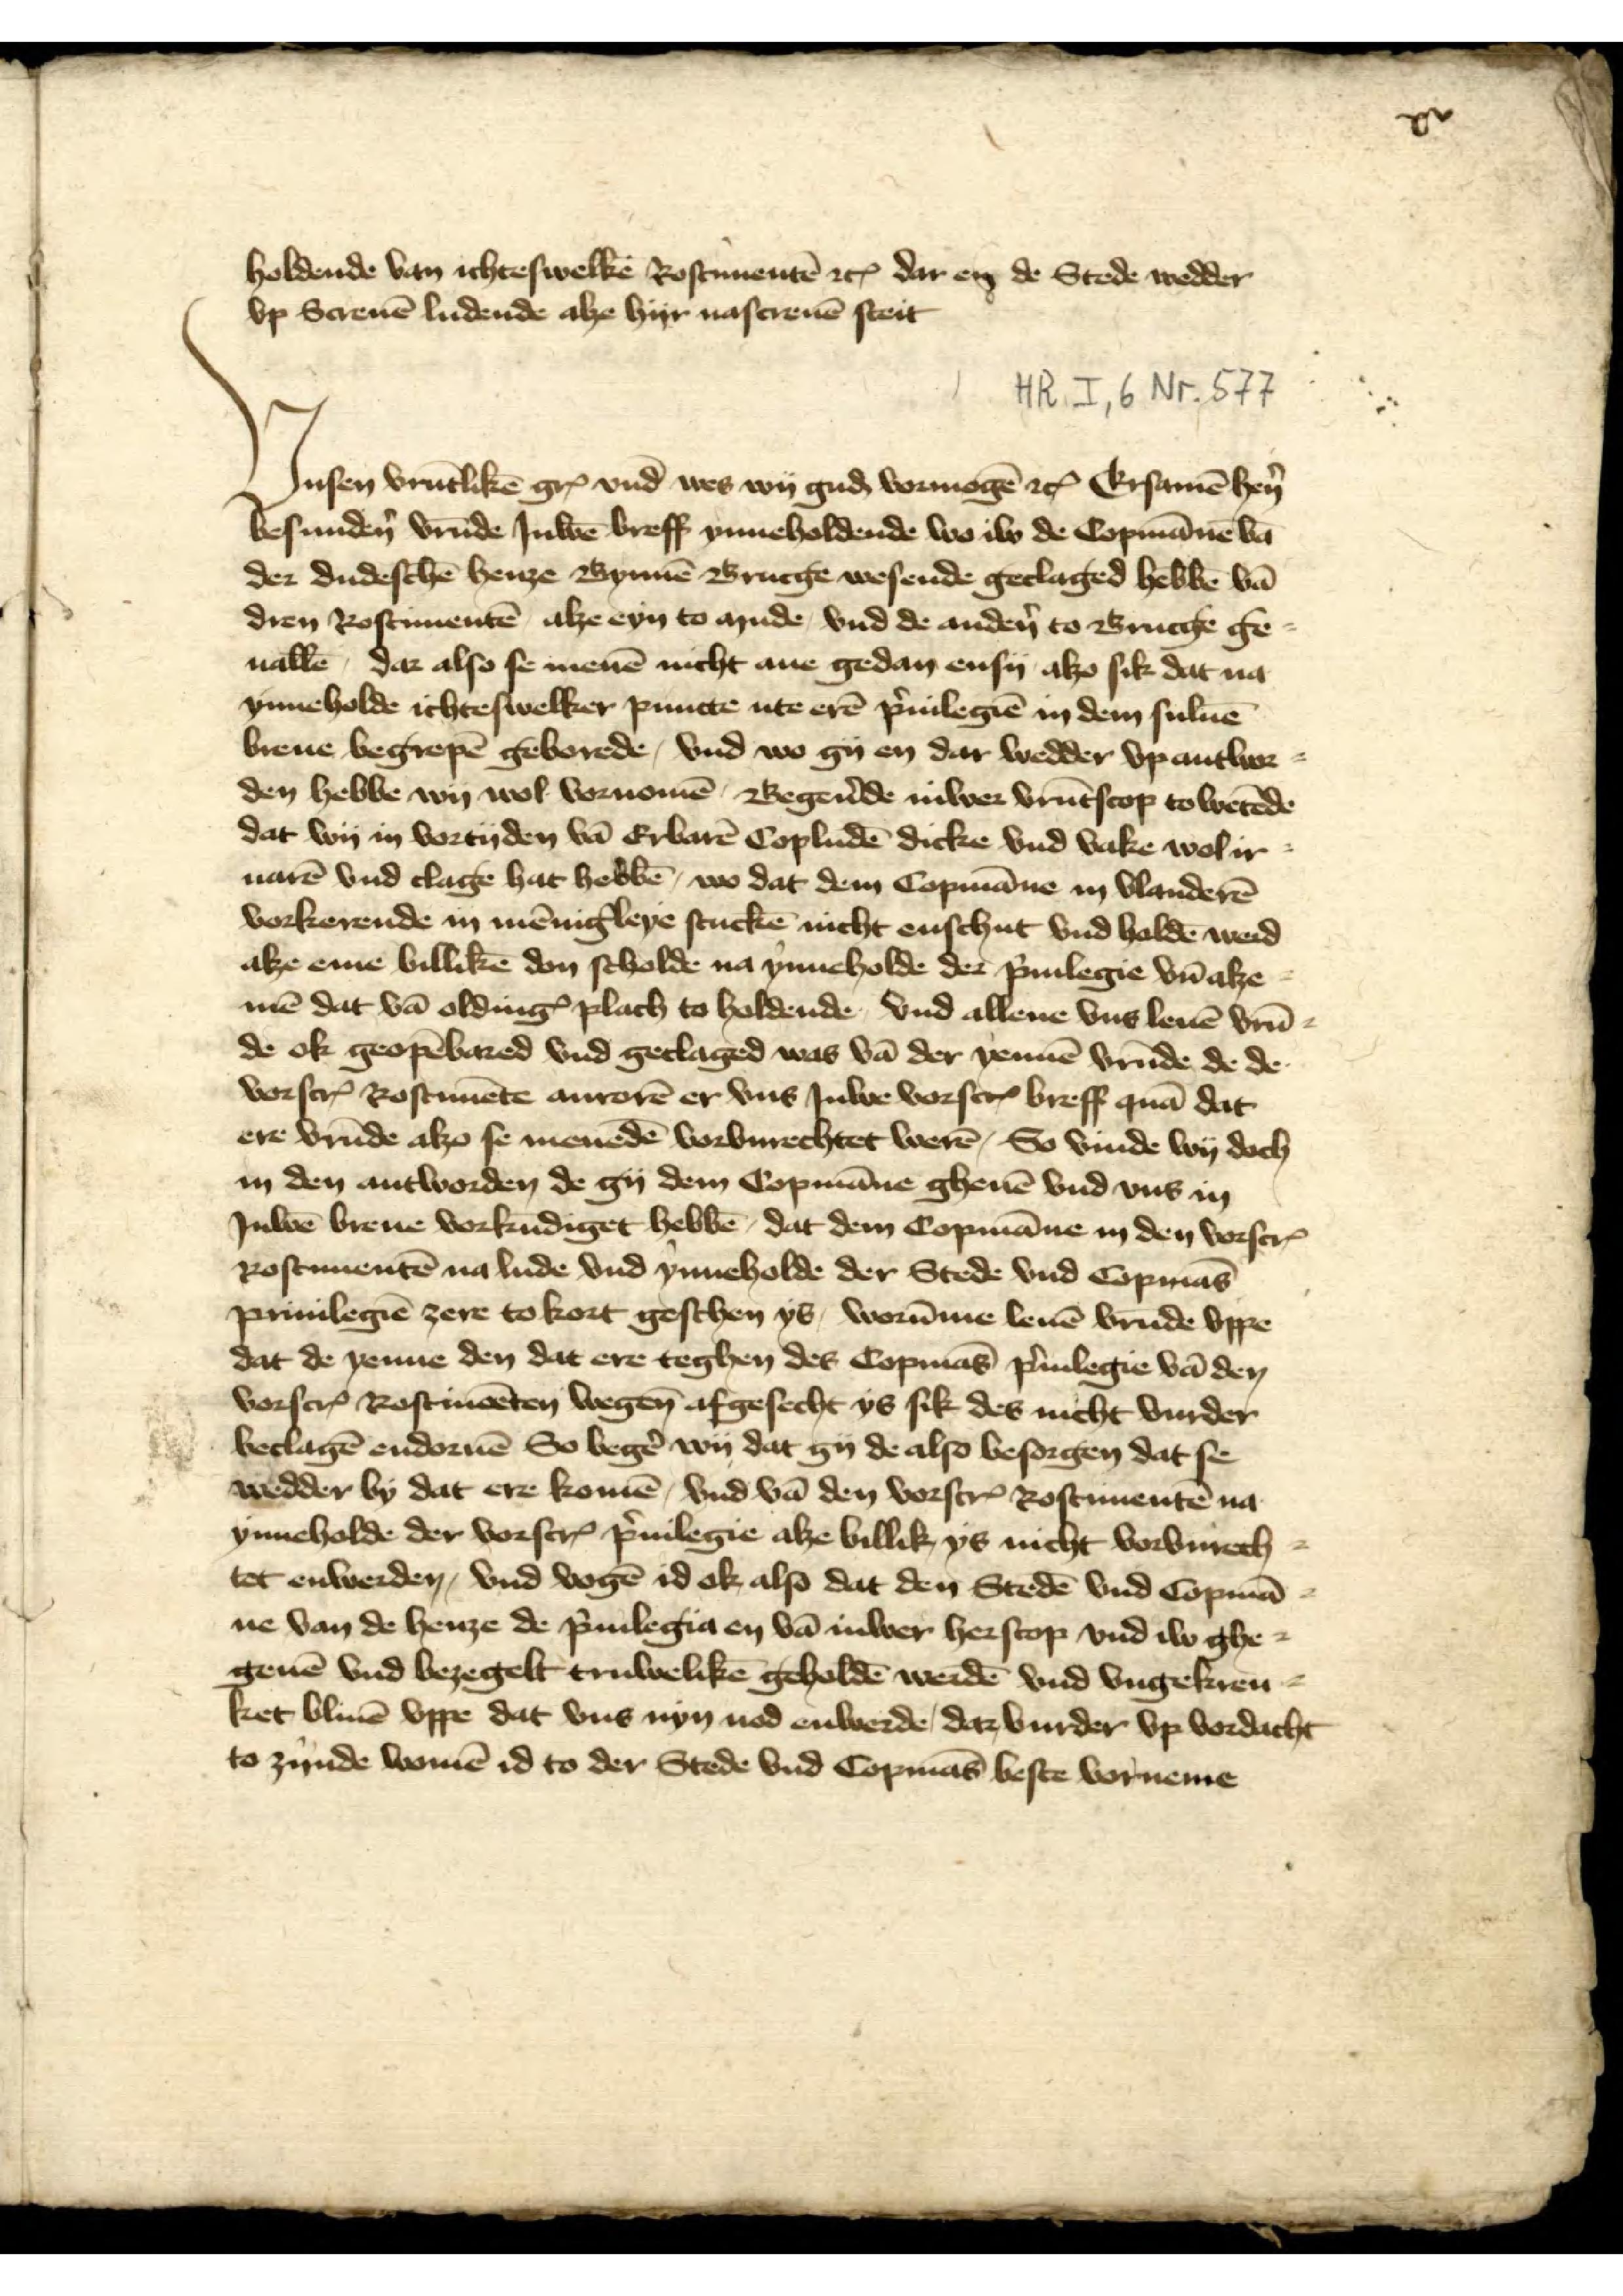
xv

holdende van ichteswelke Rostimentē etc dar en de Stede wedder
vp Screuē ludende alze hyr nacsreuē steit

Unsen vrūtlikē gꝬ vnd wes wy guḑ vormogē etc Ersamē hẻn
besundẻn vrūde Juwē breff ynneholdende wo iw de Copmāne vā
der dudeschē henze Bynnē Brucge wesende geclaged hebbē vā
dren Rostimentē, alze eyn to mude vnd de andẻn to Brucge ge¬
uallē dar also se menē nicht ane gedan ensy alzo sik dat na
ynneholde ichteswelker puncte ute erē p̉uilegiē in dem suluē
breue begrepē geborede, vnd wo gy en dar wedder vp antwor¬
den hebbe wy wol vornomē, Begẻnde iuwer vrūtscop to wetēde
dat wy in vortyden vā Erbarē Copludē dicke vnd vake wol ir
uarē vnd clage hat hebbē, wo dat dem Copmāne in Vlanderē
vorkerende in mēniḡleye stuckē nicht enschut vnd holdē werd
alze eme billikē don scholde na ynneholde der p̉iulegie vn̄ alze
mē dat vā oldingꝬ plach to holdende vnd allene vns leuē vrū¬
de ok geopēbared vnd geclaged was vā der yennē vrūde de de
vorscrꝬ Rostimēte anrorē er vns Juwe vorscrꝬ breff quā dat
ere vrūde alzo se menedē vorvnrechtet werē. So vinde wy doch
in den antworden de gy dem Copmāne gheuē vnd vns in 
Iuwē breue vorkūdiget hebbē, dat dem Copmāne in den vorscrꝬ
Rostimentē na lude vnd ynneholde der Stede vnd Copmās
privilegien zere to kort geschen ys, worūme leuē vrūde vppe
dat de yenne den dat ere teghen des Copās p̉uilegie vā den
vorscrꝬ Rostimēten wegen afgesecht ys sik des nicht vurder
beclagē endornē So begẻ wy dat gy de also besorgen dat se
wedder by dat ere komē, vnd vā den vorscȓ Rostimentē na
ynneholde der vorscrꝬ p̉uilegie alze billik ys nicht vorvnrech
tet enwerden, vnd vogē id ok, also dat den Stedē vnd Copmā¬
ne van de henze de p̉uilegia en vā iuwer herscop vnd iw ghe
geuē vnd bezegelt truwelikē geholdē werdē vnd vngekren
ket bliuē vppe dat vns nyn nod enwerde, dar vurder vp vordacht
to zynde womē id to der Stede vnd Copmās beste vorneme